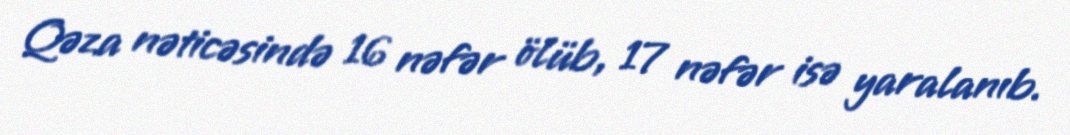
Qəza nəticəsində 16 nəfər ölüb, 17 nəfər isə yaralanıb.